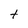
Character: t